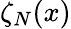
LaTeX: \zeta_{N}(x)